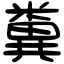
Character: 糞